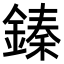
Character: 𨪦